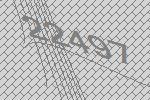
22497